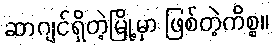
ဆာဂျင်ရှိတဲ့မြို့မှာ ဖြစ်တဲ့ကိစ္စ။